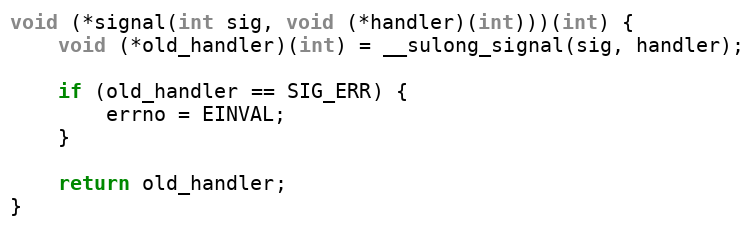
Language: C
void (*signal(int sig, void (*handler)(int)))(int) {
    void (*old_handler)(int) = __sulong_signal(sig, handler);

    if (old_handler == SIG_ERR) {
        errno = EINVAL;
    }

    return old_handler;
}